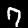
Label: 7